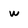
Character: w